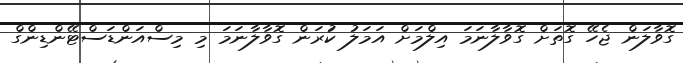
ގޮވާލަން ޖެހޭ ގޮތަށް ގޮވާލާނަމަ އިލްމަށް އަމަލު ކުަރަން ގޮވާލާނަމަ މި މިސްއަންޑަސްޓޭންޑިންގް